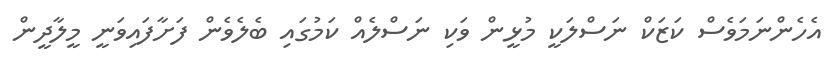
އެހެންނަމަވެސް ކަޒަކް ނަސްލަކީ މުޅީން ވަކި ނަސްލެއް ކަމުގައި ބެލެވެން ފަށާފައިވަނީ މީލާދީން